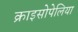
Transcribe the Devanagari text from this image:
क्राइसोपेलिया